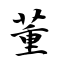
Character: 董